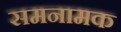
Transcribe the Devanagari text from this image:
समनामक